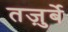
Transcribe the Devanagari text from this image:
तज़ुर्बे